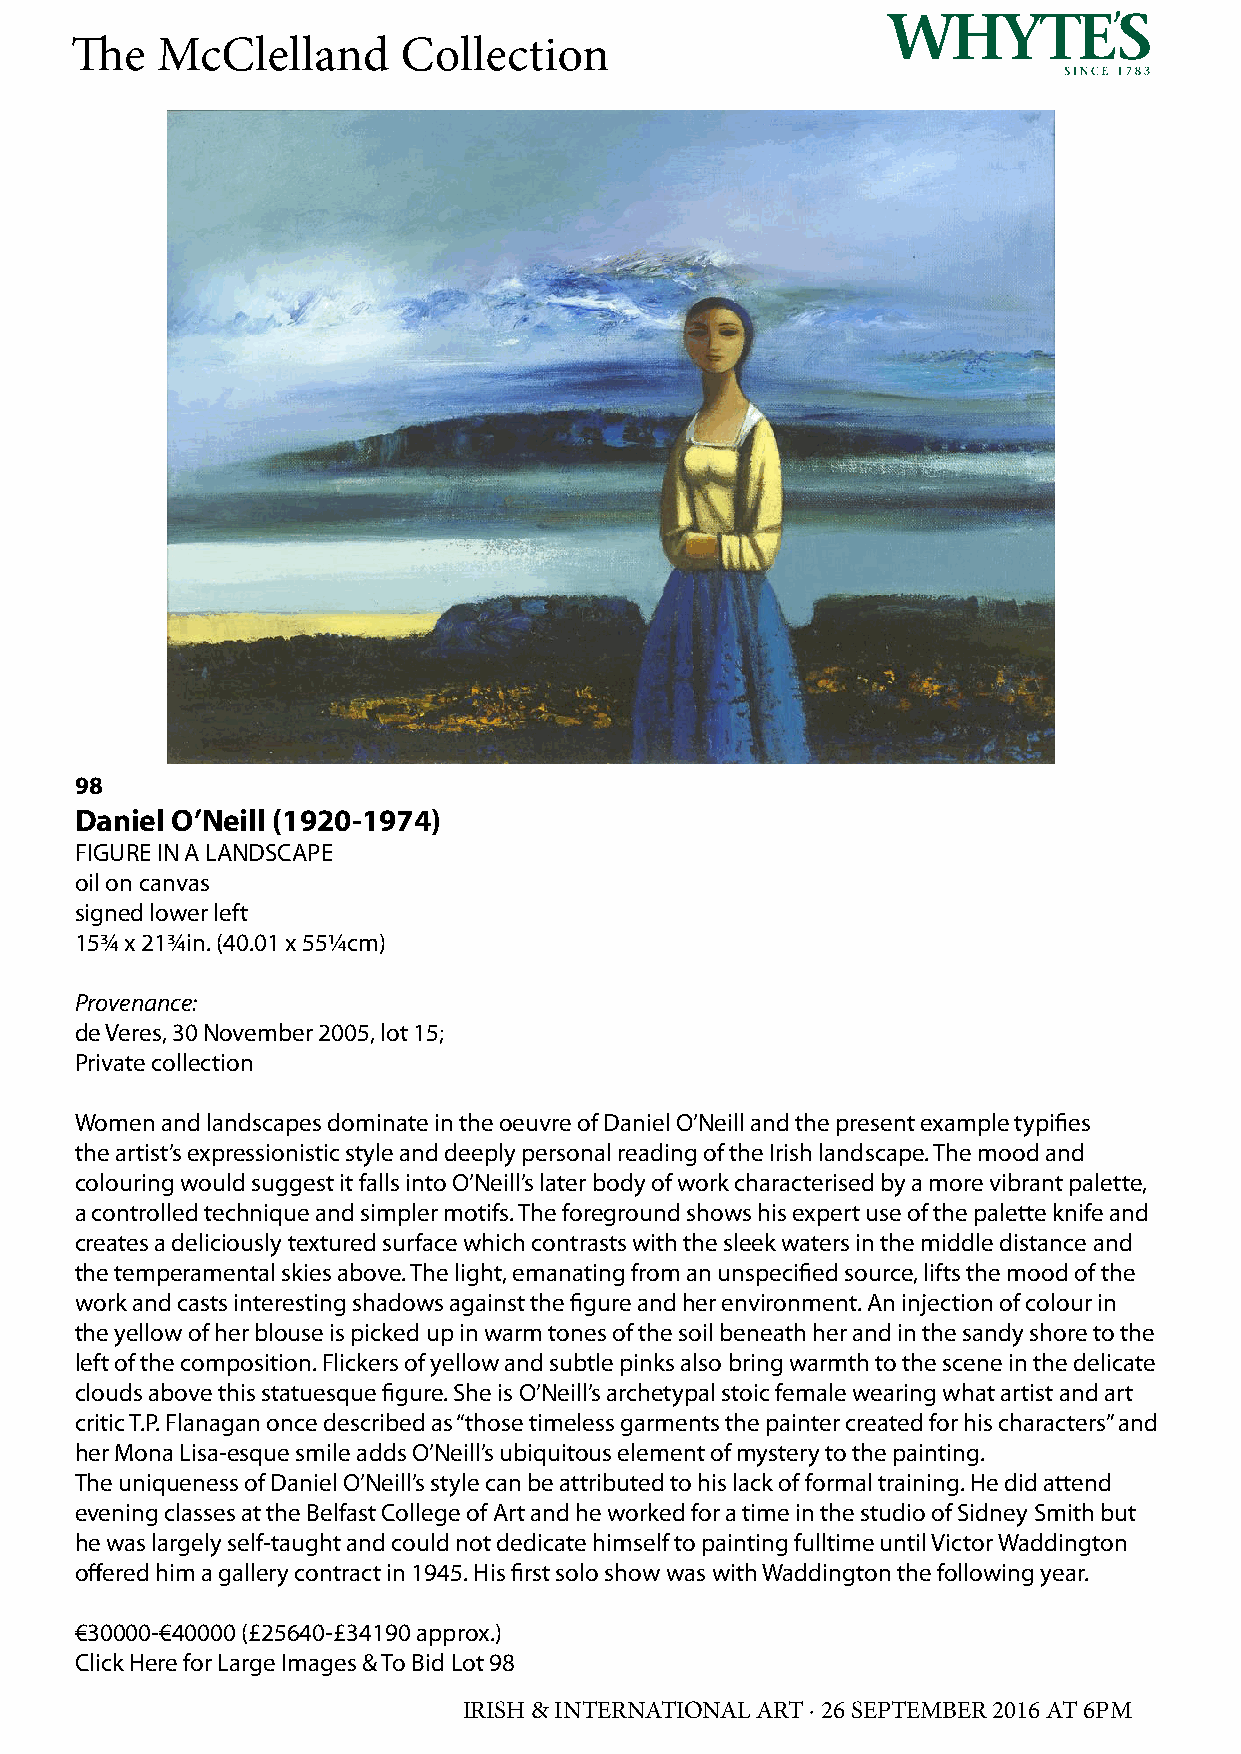
The  McClelland       Collection
 98
 Daniel O’Neill (1920-1974)
 FIGURE IN A LANDSCAPE
 oil on canvas
 signed lower left
 15¾ x 21¾in. (40.01 x 55¼cm)
 Provenance:
 de Veres, 30 November 2005, lot 15;
 Private collection
 Women and landscapes dominate in the oeuvre of Daniel O’Neill and the present example typifies
 the artist’s expressionistic style and deeply personal reading of the Irish landscape. The mood and
 colouring would suggest it falls into O’Neill’s later body of work characterised by a more vibrant palette,
 a controlled technique and simpler motifs. The foreground shows his expert use of the palette knife and
 creates a deliciously textured surface which contrasts with the sleek waters in the middle distance and
 the temperamental skies above. The light, emanating from an unspecified source, lifts the mood of the
 work and casts interesting shadows against the figure and her environment. An injection of colour in
 the yellow of her blouse is picked up in warm tones of the soil beneath her and in the sandy shore to the
 left of the composition. Flickers of yellow and subtle pinks also bring warmth to the scene in the delicate
 clouds above this statuesque figure. She is O’Neill’s archetypal stoic female wearing what artist and art
 critic T.P. Flanagan once described as “those timeless garments the painter created for his characters” and
 her Mona Lisa-esque smile adds O’Neill’s ubiquitous element of mystery to the painting.
 The uniqueness of Daniel O’Neill’s style can be attributed to his lack of formal training. He did attend
 evening classes at the Belfast College of Art and he worked for a time in the studio of Sidney Smith but
 he was largely self-taught and could not dedicate himself to painting fulltime until Victor Waddington
 offered him a gallery contract in 1945. His first solo show was with Waddington the following year.
 €30000-€40000 (£25640-£34190 approx.)
 Click Here for Large Images & To Bid Lot 98
 IRISH & INTERNATIONAL ART · 26 SEPTEMBER 2016 AT 6PM